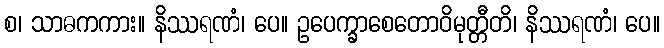
စ၊ သာဓကကား။ နိဿရဏံ၊ ပေ။ ဥပေက္ခာစေတောဝိမုတ္တီတိ၊ နိဿရဏံ၊ ပေ။